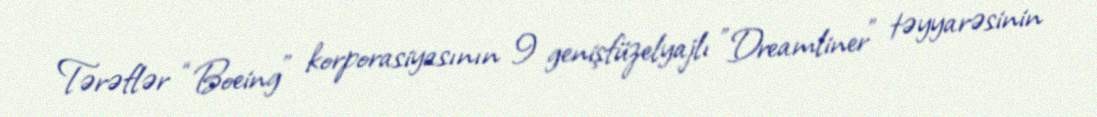
Tərəflər “Boeing” korporasiyasının 9 genişfüzelyajlı "Dreamliner" təyyarəsinin